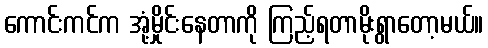
ကောင်းကင်က အုံ့မှိုင်းနေတာကို ကြည့်ရတာမိုးရွာတော့မယ်။